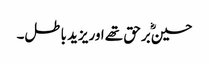
حسینؓ برحق تھے اوریزید باطل۔